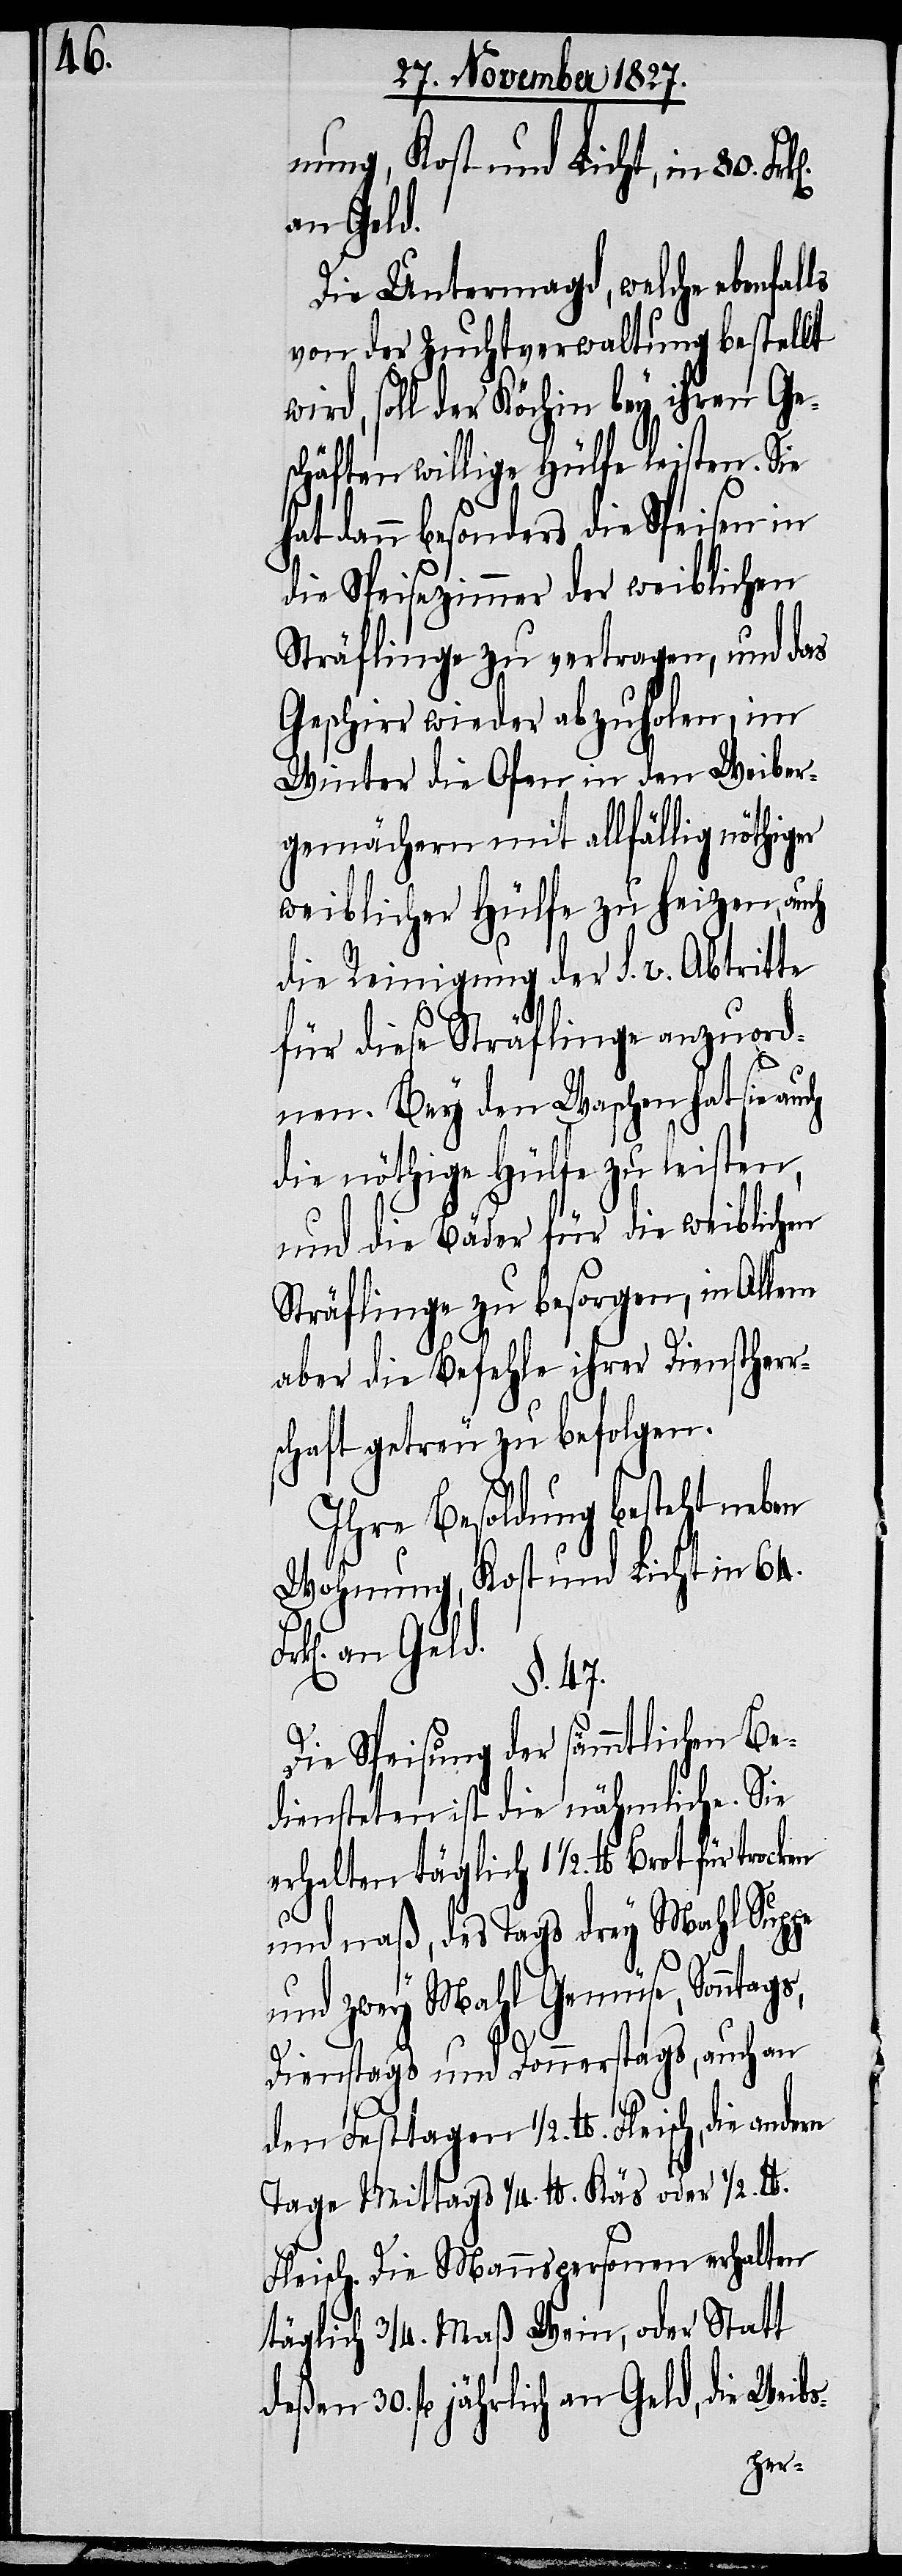
ls

nung, Kost und Licht, in 80.
an Geld.
Die Untermagd, welche ebenfal¬
von der Zuchtverwaltung bestellt
wird, soll der Köchin bey ihren Ge¬
schäften willige Hülfe leisten. Sie
dann besonders die Speisen in
die Speisezimmer der weiblichen
Sträflinge zu vertragen, und das
Geschirr wieder abzuholen, im
Winter die Ofen in den Weiber¬
gemächern mit allfällig nöthiger
weiblicher Hülfe zu heizen, auch
die Reinigung der S. v. Abtritte
für diese Sträflinge anzuord¬
nen. Bey den Waschen hat sie
die nöthige Hülfe zu leisten,
und die Bäder für die weiblichen
Sträflinge zu besorgen, in Allem
aber die Befehle ihrer Dienstherr¬
schaft getreu zu befolgen.
Ihre Besoldung besteht neben
Wohnung, Kost und Licht in 64.
§. 47.
Die Speisung der sämmtlichen Be¬
diensteten ist die nähmliche. Sie
erhalten täglich 1 ½.
und naß, des Tags drey Mahl Suppe
und zwey Mahl Gemüse, Sonntags,
Dienstags und Donnerstags, auch an
den Festtagen ½. lb. Fleisch, die
Tage Mittags ¼. lb. Käs oder ½.
Fleisch. Die Mannspersonen erhalten
täglich ¾. Maß Wein, oder Statt
deßen 30. fl. jährlich an Geld, die